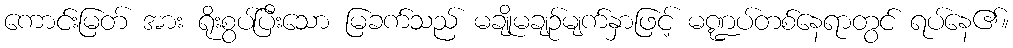
ကောင်းမြတ် အား ရိုးစွပ်ပြီးသော မြခက်သည် မချိုမချဉ်မျက်နှာဖြင့် မဏ္ဍပ်တစ်နေရာတွင် ရပ်နေ၏။